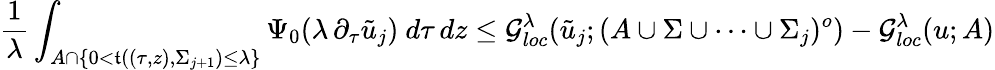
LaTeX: \frac{1}{\lambda}\int_{A\cap\{ 0<\mathfrak{t}((\tau,z),\Sigma_{j+1})\leq\lambda\} }\Psi_{0}(\lambda\, \partial_{\tau}\tilde{u}_{j})\ d\tau\, dz\leq\mathcal{G}_{loc}^{\lambda}(\tilde{u}_{j};(A\cup\Sigma\cup\cdots\cup\Sigma_{j})^{o})-\mathcal{G}_{loc}^{\lambda}(u;A)